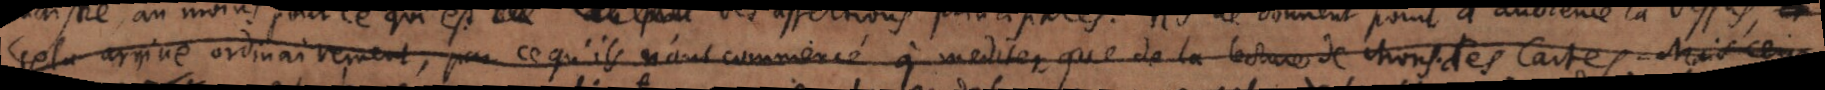
et cela arrive ordinairement, par ce qu’ils n’ont commencé à méditer que de la lecture de Mons. des Cartes. Mais ceux